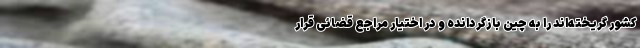
کشور گریخته‌اند را به چین بازگردانده و در اختیار مراجع قضائی قرار